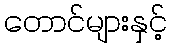
တောင်များနှင့်